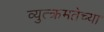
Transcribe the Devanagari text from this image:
व्युत्क्रमतेच्या